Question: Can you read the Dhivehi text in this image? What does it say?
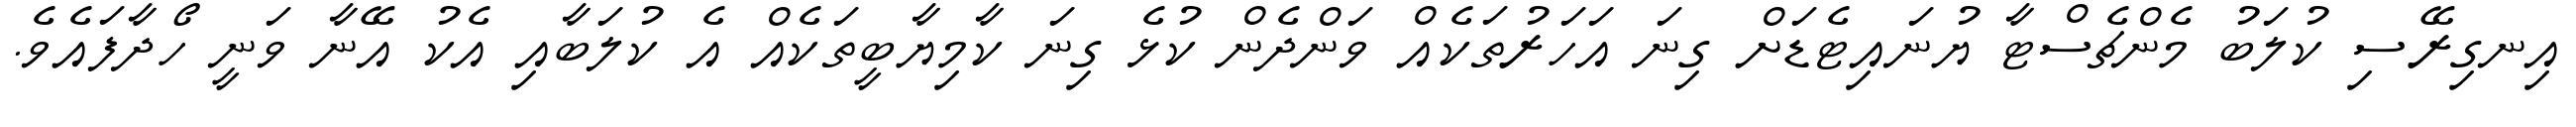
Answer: އިނގިރޭސި ކުލަބު މެންޗެސްޓާ ޔުނައިޓެޑަށް ގިނަ އަހަރުތަކެއް ވަންދެން ކުޅެ ގިނަ ކާމިޔާބީތަކެއް އެ ކުލަބާއި އެކު އޭނާ ވަނީ ހޯދާފައެވެ.